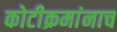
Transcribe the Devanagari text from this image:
कोटीक्रमांनाच